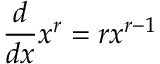
{ \frac { d } { d x } } x ^ { r } = r x ^ { r - 1 }